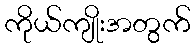
ကိုယ်ကျိုးအတွက်